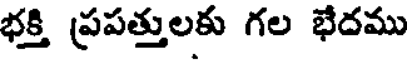
భక్తి ప్రపత్తులకు గల భేదము